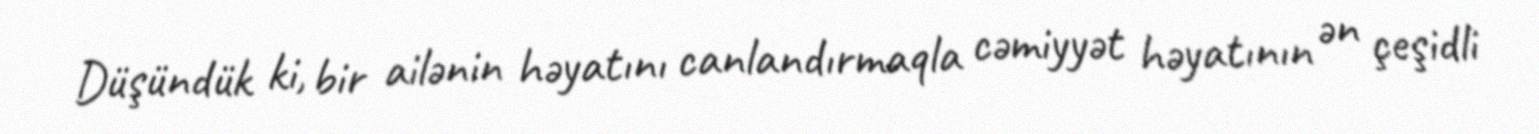
Düşündük ki, bir ailənin həyatını canlandırmaqla cəmiyyət həyatının ən çeşidli